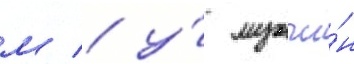
м / у́ мужчи́н